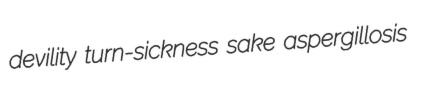
devility turn-sickness sake aspergillosis